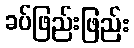
ခပ်ဖြည်းဖြည်း